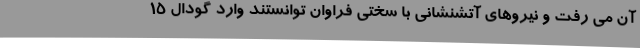
آن می رفت و نیروهای آتشنشانی با سختی فراوان توانستند وارد گودال 15